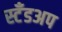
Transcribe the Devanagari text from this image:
स्टँडअप